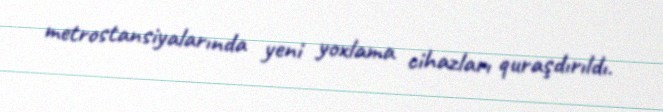
metrostansiyalarında yeni yoxlama cihazları quraşdırıldı.